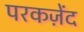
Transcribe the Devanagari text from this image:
परकज़ेंद